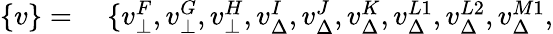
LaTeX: \begin{array}{rl}{\{ v\} =}&{{}\ \{ v_{\bot}^{F},v_{\bot}^{G},v_{\bot}^{H},v_{\Delta}^{I},v_{\Delta}^{J},v_{\Delta}^{K},v_{\Delta}^{L1},v_{\Delta}^{L2},v_{\Delta}^{M1},}\end{array}